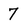
Character: 7